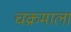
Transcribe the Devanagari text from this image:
चक्रमाला